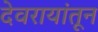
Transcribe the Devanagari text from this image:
देवरायांतून